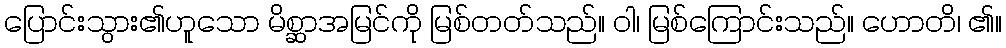
ပြောင်းသွား၏ဟူသော မိစ္ဆာအမြင်ကို မြစ်တတ်သည်။ ဝါ၊ မြစ်ကြောင်းသည်။ ဟောတိ၊ ၏။